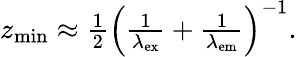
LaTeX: \begin{array}{r}{z_{\mathrm{min}}\approx\frac{1}{2}\left(\frac{1}{\lambda_{\mathrm{ex}}}+\frac{1}{\lambda_{\mathrm{em}}}\right)^{-1}.}\end{array}